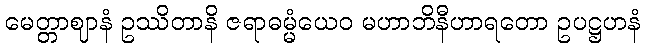
မေတ္တာဈာနံ ဥဿိတာနိ ဇရာဓမ္မံယေဝ မဟာဘိနီဟာရတော ဥပဋ္ဌဟနံ